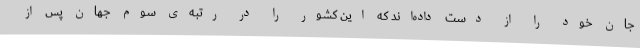
جان خود را از دست داده‌اند که این کشور را در رتبه‌ی سوم جهان پس از